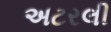
અટરલી